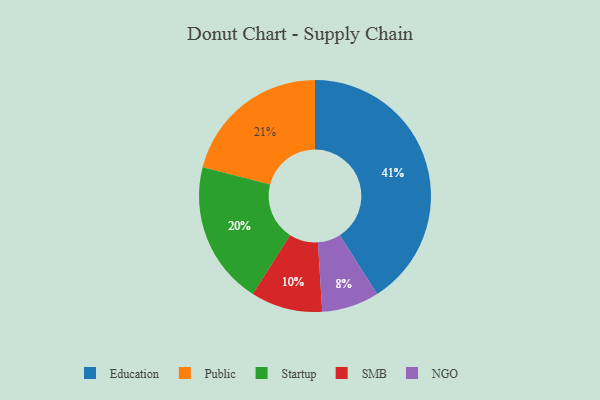
{"axis": {"x": "Category", "y": "Percentage"}, "legend": ["Education", "NGO", "Public", "SMB", "Startup"], "data": [{"x": "Education", "y": 41, "type": "Education"}, {"x": "Startup", "y": 20, "type": "Startup"}, {"x": "NGO", "y": 8, "type": "NGO"}, {"x": "SMB", "y": 10, "type": "SMB"}, {"x": "Public", "y": 21, "type": "Public"}]}